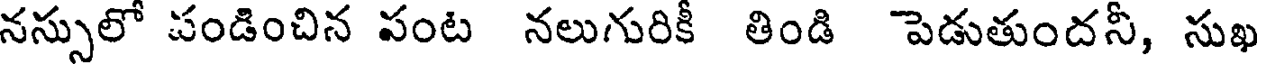
నస్సులో పండించిన పంట నలుగురికీ తిండి పెడుతుందనీ, సుఖ